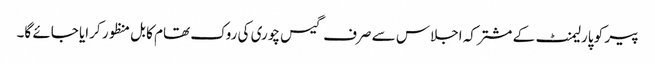
پیر کو پارلیمنٹ کے مشترکہ اجلاس سے صرف گیس چوری کی روک تھام کا بل منظور کرایا جائے گا۔